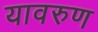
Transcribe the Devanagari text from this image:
यावरुण